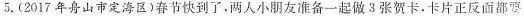
5.(2017年舟山市定海区)春节快到了，两人小朋友准备一起做3张贺卡，卡片正反面都要